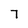
Character: 7